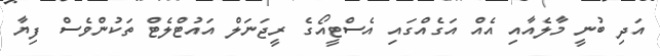
އަދި ބުނީ މާލެއާއި އެއް އަގެއްގައި އެސްޓީއޯގެ ރީޖަނަލް އައުޓްލެޓް ތަކުންވެސް ފިޔާ